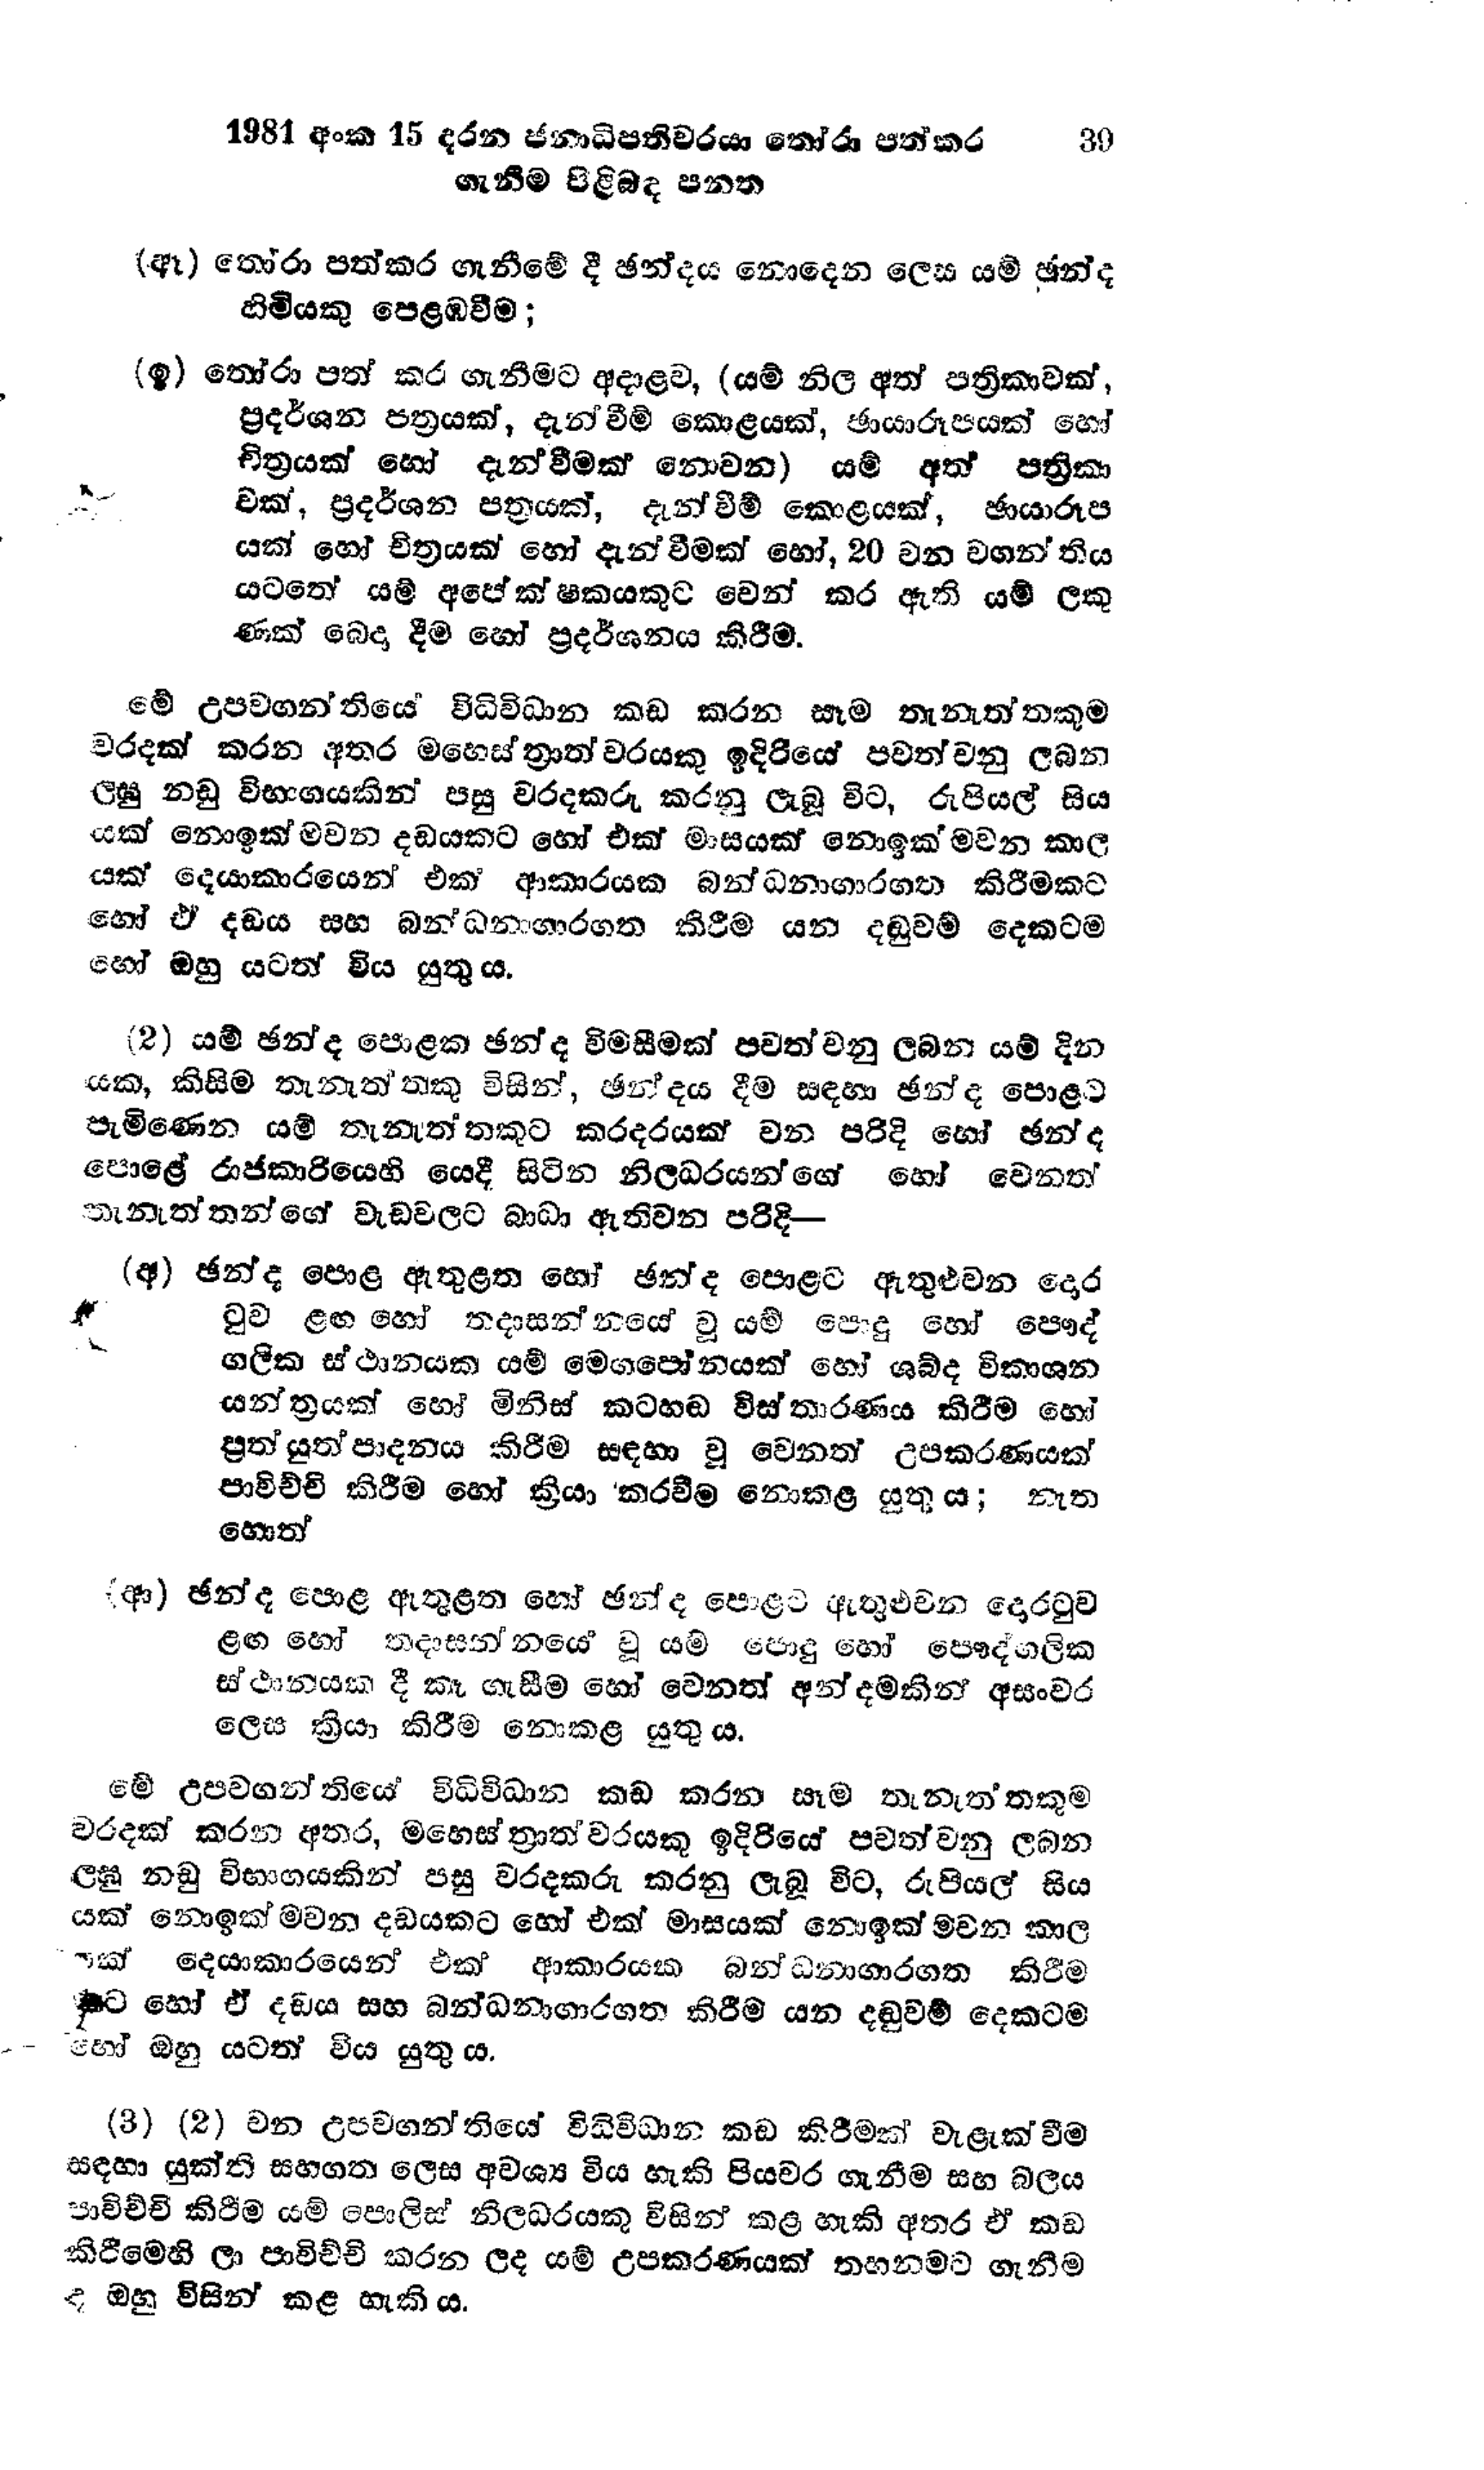
1981 අංක 15 දරන ජනාධිපතිවරයා තෝරා පත් කර 		39
ගැනීම පිළිබඳ පනත

(ඈ) තෝරා පත්කර ගැනීමේ දී ඡන්දය නොදෙන ලෙස යම් ඡන්ද
හිමියකු පෙළඹවීම;

(ඉ) තෝරා පත් කර ගැනීමට අදාළව, (යම් නිල අත් පත්‍රිකාවක්,
ප්‍රදර්ශන පත්‍රයක්, දැන්වීම් කොළයක්, ඡායාරූපයක් හෝ
චිත්‍රයක් හෝ දැන්වීමක් නොවන) යම් අත් පත්‍රිකා
වක්, ප්‍රදර්ශන පත්‍රයක්, දැන්වීම් කොළයක්, ඡායාරූප
යක් හෝ චිත්‍රයක් හෝ දැන්වීමක් හෝ, 20 වන වගන්තිය
යටතේ යම් අපේක්ෂකයකුට වෙන් කර ඇති යම් ලකු
ණක් බෙදා දීම හෝ ප්‍රදර්ශනය කිරීම.

මේ උපවගන්තියේ විධිවිධාන කඩ කරන සෑම තැනැත්තකුම
වරදක් කරන අතර මහෙ‍ස්ත්‍රාත්වරයකු ඉදිරියේ පවත්වනු ලබන
ලඝු නඩු විභාගයකින් පසු වරදකරු කරනු ලැබූ විට, රුපියල් සිය
යක් නොඉක්මවන දඩයකට හෝ එක් මාසයක් නොඉක්මවන කාල
යක් දෙයාකාරයෙන් එක් ආකාරයක බන්ධනාගාරගත කිරීමකට
හෝ ඒ දඩය සහ බන්ධනාගාරගත කිරීම යන දඬුවම් දෙකටම
හෝ ඔහු යටත් විය යුතු ය.

(2) යම් ඡන්ද පොළක ඡන්ද විමසීමක් පවත්වනු ලබන යම් දින
යක, කිසිම තැනැත්තකු විසින්, ඡන්දය දීම සඳහා ඡන්ද පොළට
පැමිණෙන යම් තැනැත්තකුට කරදරයක් වන පරිදි හෝ ඡන්ද
පොළේ රාජකාරියෙහි යෙදී සිටින නිලධරයන්ගේ හෝ වෙනත්
තැනැත්තන්ගේ වැඩවලට බාධා ඇතිවන පරිදි—

(අ) ඡන්ද පොළ ඇතුළත හෝ ඡන්ද පොළට ඇතුළුවන දොර
ටුව ළඟ හෝ තදාසන්නයේ වූ යම් පොදු හෝ පෞද්
ගලික ස්ථානයක යම් මෙගපෝනයක් හෝ ශබ්ද විකාශන
යන්ත්‍රයක් හෝ මිනිස් කටහඬ විස්තාරණය කිරීම හෝ
ප්‍රත්යුත්පාදනය කිරීම සඳහා වූ වෙනත් උපකරණයක්
පාවිච්චි කිරීම හෝ ක්‍රියා කරවීම නොකළ යුතු ය; නැන
හොත්

(ආ) ඡන්ද පොළ ඇතුළත හෝ ඡන්ද පොළට ඇතුළුවන දොරටුව
ළඟ හෝ තදාසන්නයේ වූ යම් පොදු හෝ පෞද්ගලික
ස්ථානයක දී කෑ ගැසීම හෝ වෙනත් අන්දමකින් අසංවර
ලෙස ක්‍රියා කිරීම නොකළ යුතු ය.

මේ උපවගන්තියේ විධිවිධාන කඩ කරන සෑම තැනැතකුම
වරදක් කරන අතර, මහෙස්ත්‍රාත්වරයකු ඉදිරියේ පවත්වනු ලබන
ලඝු නඩු විභාගයකින් පසු වරදකරු කරනු ලැබූ විට, රුපියල් සිය
යක් නොඉක්මවන දඩයකට හෝ එක් මාසයක් නොඉක්මවන කාල
යක් දෙයාකාරයෙන් එක් ආකාරයක බන්ධනාගාරගත කිරීම
කට හෝ ඒ දඩය සහ බන්ධනාගාරගත කිරීම යන දඬුවම් දෙකටම
හෝ ඔහු යටත් විය යුතු ය.

(3) (2) වන උපවගන්තියේ විධිවිධාන කඩ කිරීමක් වැළැක්වීම
සඳහා යුක්ති සහගත ලෙස අවශ්‍ය විය හැකි පියවර ගැනීම සහ බලය
පාවිච්චි කිරීම යම් පොලිස් නිලධරයකු විසින් කළ හැකි අතර ඒ කඩ
කිරීමෙහි ලා පාවිච්චි කරන ලද යම් උපකරණයක් තහනමට ගැනීම
ද ඔහු විසින් කළ හැකි ය.